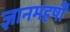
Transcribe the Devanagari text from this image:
ज्ञानमहर्षी